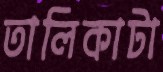
তালিকাটা